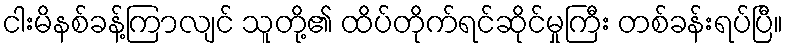
ငါးမိနစ်ခန့်ကြာလျင် သူတို့၏ ထိပ်တိုက်ရင်ဆိုင်မှုကြီး တစ်ခန်းရပ်ပြီ။